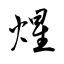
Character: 煋